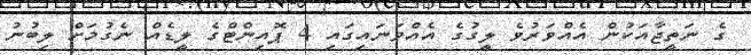
ގެ ނަތީޖާއަކުން އެއްވަރުވެ ލީގުގެ އެއްވަނައިގައި 4 ޕޮއިންޓްގެ ލީޑެއް ނެގުމަށް ލިބުނު